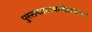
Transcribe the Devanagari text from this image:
पुस्तकालयविज्ञानाचा